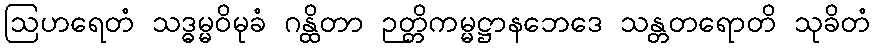
ဩဟရေတံ သဒ္ဓမ္မဝိမုခံ ဂန္ထိတာ ဉတ္တိကမ္မဋ္ဌာနဘေဒေ သန္တတရောတိ သုခိတံ